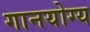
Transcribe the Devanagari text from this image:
गानयोग्य